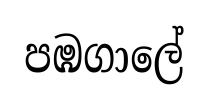
පඹගාලේ